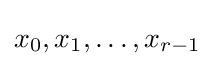
x_{0},x_{1},\dots ,x_{r-1}